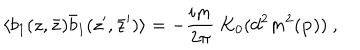
\langle b _ { 1 } ( z , \bar { z } ) \bar { b } _ { 1 } ( z ^ { \prime } , \bar { z } ^ { \prime } ) \rangle = - { \frac { i m } { 2 \pi } } ~ K _ { 0 } ( d ^ { 2 } m ^ { 2 } ( { \bf p } ) ) ~ ,